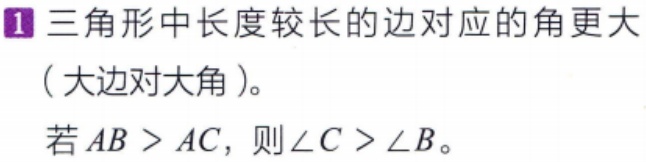
1 三角形中长度较长的边对应的角更大

（大边对大角）。

若 \(AB > AC\)，则 \(\angle C > \angle B\)。